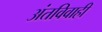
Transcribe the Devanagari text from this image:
अंतविवाही